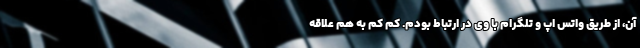
آن، از طریق واتس اپ و تلگرام با وی در ارتباط بودم. کم کم به هم علاقه